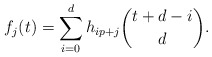
\begin{align*} f_j(t) = \sum_{i=0}^{d} h_{ip+j} \binom{t+d-i}{d}.\end{align*}